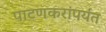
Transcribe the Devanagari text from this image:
पाटणकरांपर्यंत